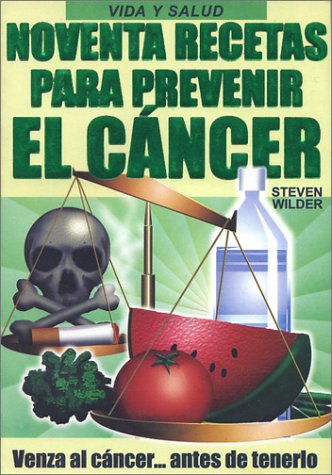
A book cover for Noventa Recetas para Prevenir el CÃ¡ncer (90 Recipes to Prevent Cancer) (Spanish Edition); Steven Wilder; Cookbooks, Food & Wine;